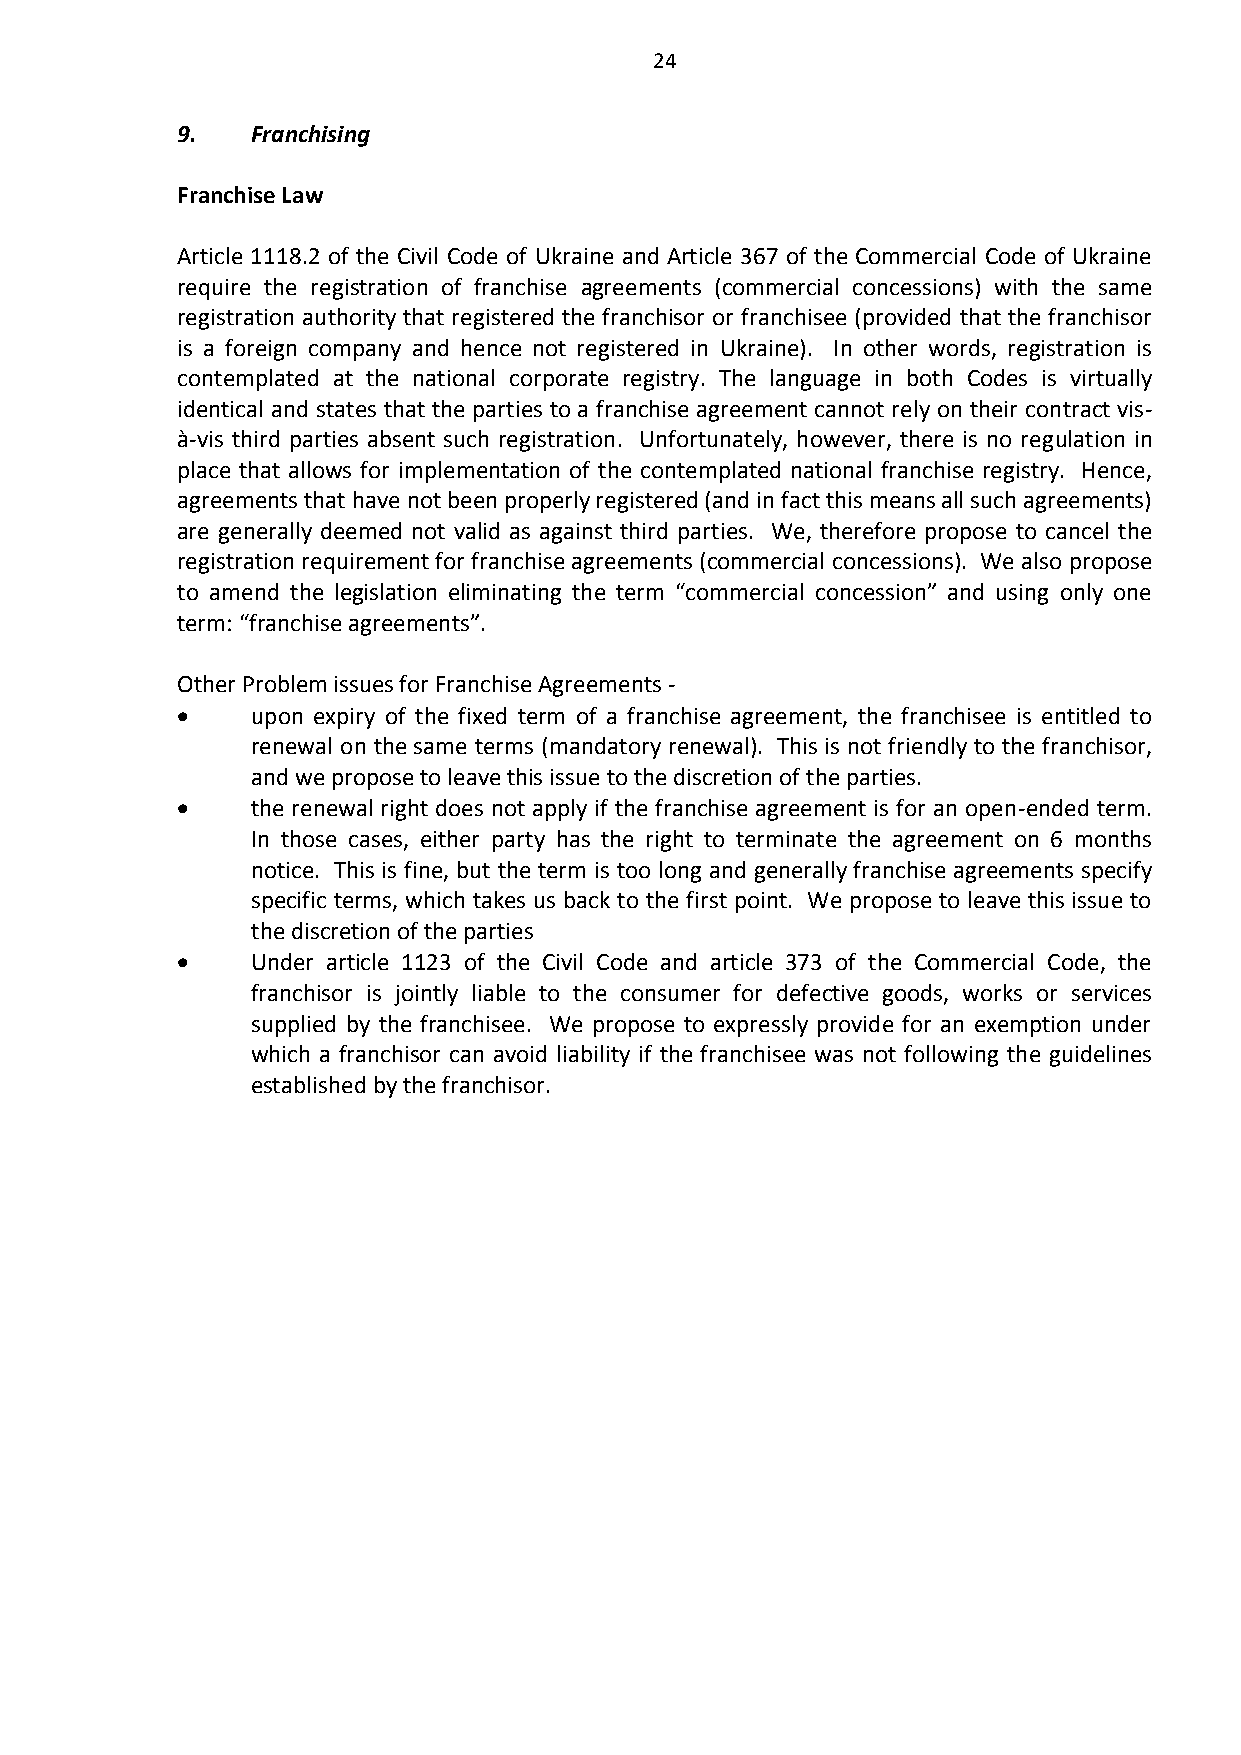
24
 9.   Franchising
 Franchise Law
 Article 1118.2 of the Civil Code of Ukraine and Article 367 of the Commercial Code of Ukraine
 require the registration of franchise agreements (commercial concessions) with the same
 registration authority that registered the franchisor or franchisee (provided that the franchisor
 is a foreign company and hence not registered in Ukraine). In other words, registration is
 contemplated at the national corporate registry. The language in both Codes is virtually
 identical and states that the parties to a franchise agreement cannot rely on their contract vis-
 à-vis third parties absent such registration. Unfortunately, however, there is no regulation in
 place that allows for implementation of the contemplated national franchise registry. Hence,
 agreements that have not been properly registered (and in fact this means all such agreements)
 are generally deemed not valid as against third parties. We, therefore propose to cancel the
 registration requirement for franchise agreements (commercial concessions). We also propose
 to amend the legislation eliminating the term “commercial concession” and using only one
 term: “franchise agreements”.
 Other Problem issues for Franchise Agreements -
     upon expiry of the fixed term of a franchise agreement, the franchisee is entitled to
 renewal on the same terms (mandatory renewal). This is not friendly to the franchisor,
 and we propose to leave this issue to the discretion of the parties.
     the renewal right does not apply if the franchise agreement is for an open-ended term.
 In those cases, either party has the right to terminate the agreement on 6 months
 notice. This is fine, but the term is too long and generally franchise agreements specify
 specific terms, which takes us back to the first point. We propose to leave this issue to
 the discretion of the parties
     Under article 1123 of the Civil Code and article 373 of the Commercial Code, the
 franchisor is jointly liable to the consumer for defective goods, works or services
 supplied by the franchisee. We propose to expressly provide for an exemption under
 which a franchisor can avoid liability if the franchisee was not following the guidelines
 established by the franchisor.